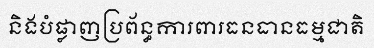
និងបំផ្លាញប្រព័ន្ធការពារធនធានធម្មជាតិ